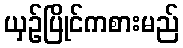
ယှဉ်ပြိုင်ကစားမည်